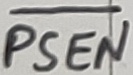
Text: PSEN